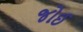
જોઈ